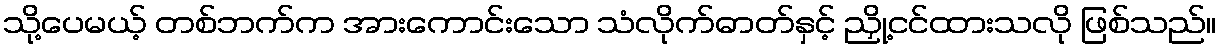
သို့ပေမယ့် တစ်ဘက်က အားကောင်းသော သံလိုက်ဓာတ်နှင့် ညှို့ငင်ထားသလို ဖြစ်သည်။